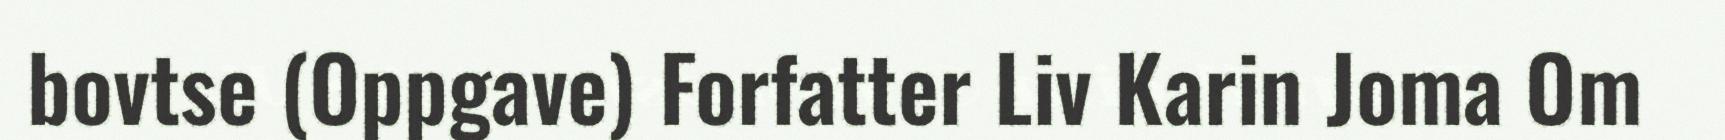
bovtse (Oppgave) Forfatter Liv Karin Joma Om